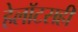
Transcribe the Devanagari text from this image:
हेलॉटसही